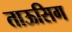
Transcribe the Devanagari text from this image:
ताऊसिग